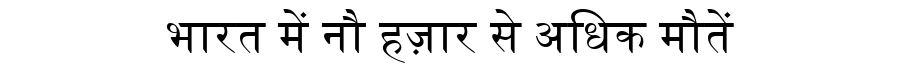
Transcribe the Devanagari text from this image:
भारत में नौ हज़ार से अधिक मौतें